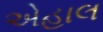
એહાલ